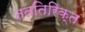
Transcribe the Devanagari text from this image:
तततिरिक्त